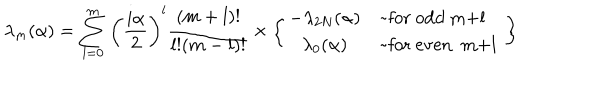
LaTeX: \lambda _ { m } ( \alpha ) = \sum _ { l = 0 } ^ { m } \left( { \frac { i \alpha } { 2 } } \right) ^ { l } { \frac { ( m + l ) ! } { l ! ( m - l ) ! } } \times \left\{ \begin{array} { c l } { { - \lambda _ { 2 N } ( \alpha ) } } & { { \mathrm { ~ f o r ~ o d d ~ m + l ~ } } } \\ { { \lambda _ { 0 } ( \alpha ) } } & { { \mathrm { ~ f o r ~ e v e n ~ m + l ~ } } } \\ \end{array} \right\}